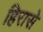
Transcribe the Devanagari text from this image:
हिरासे